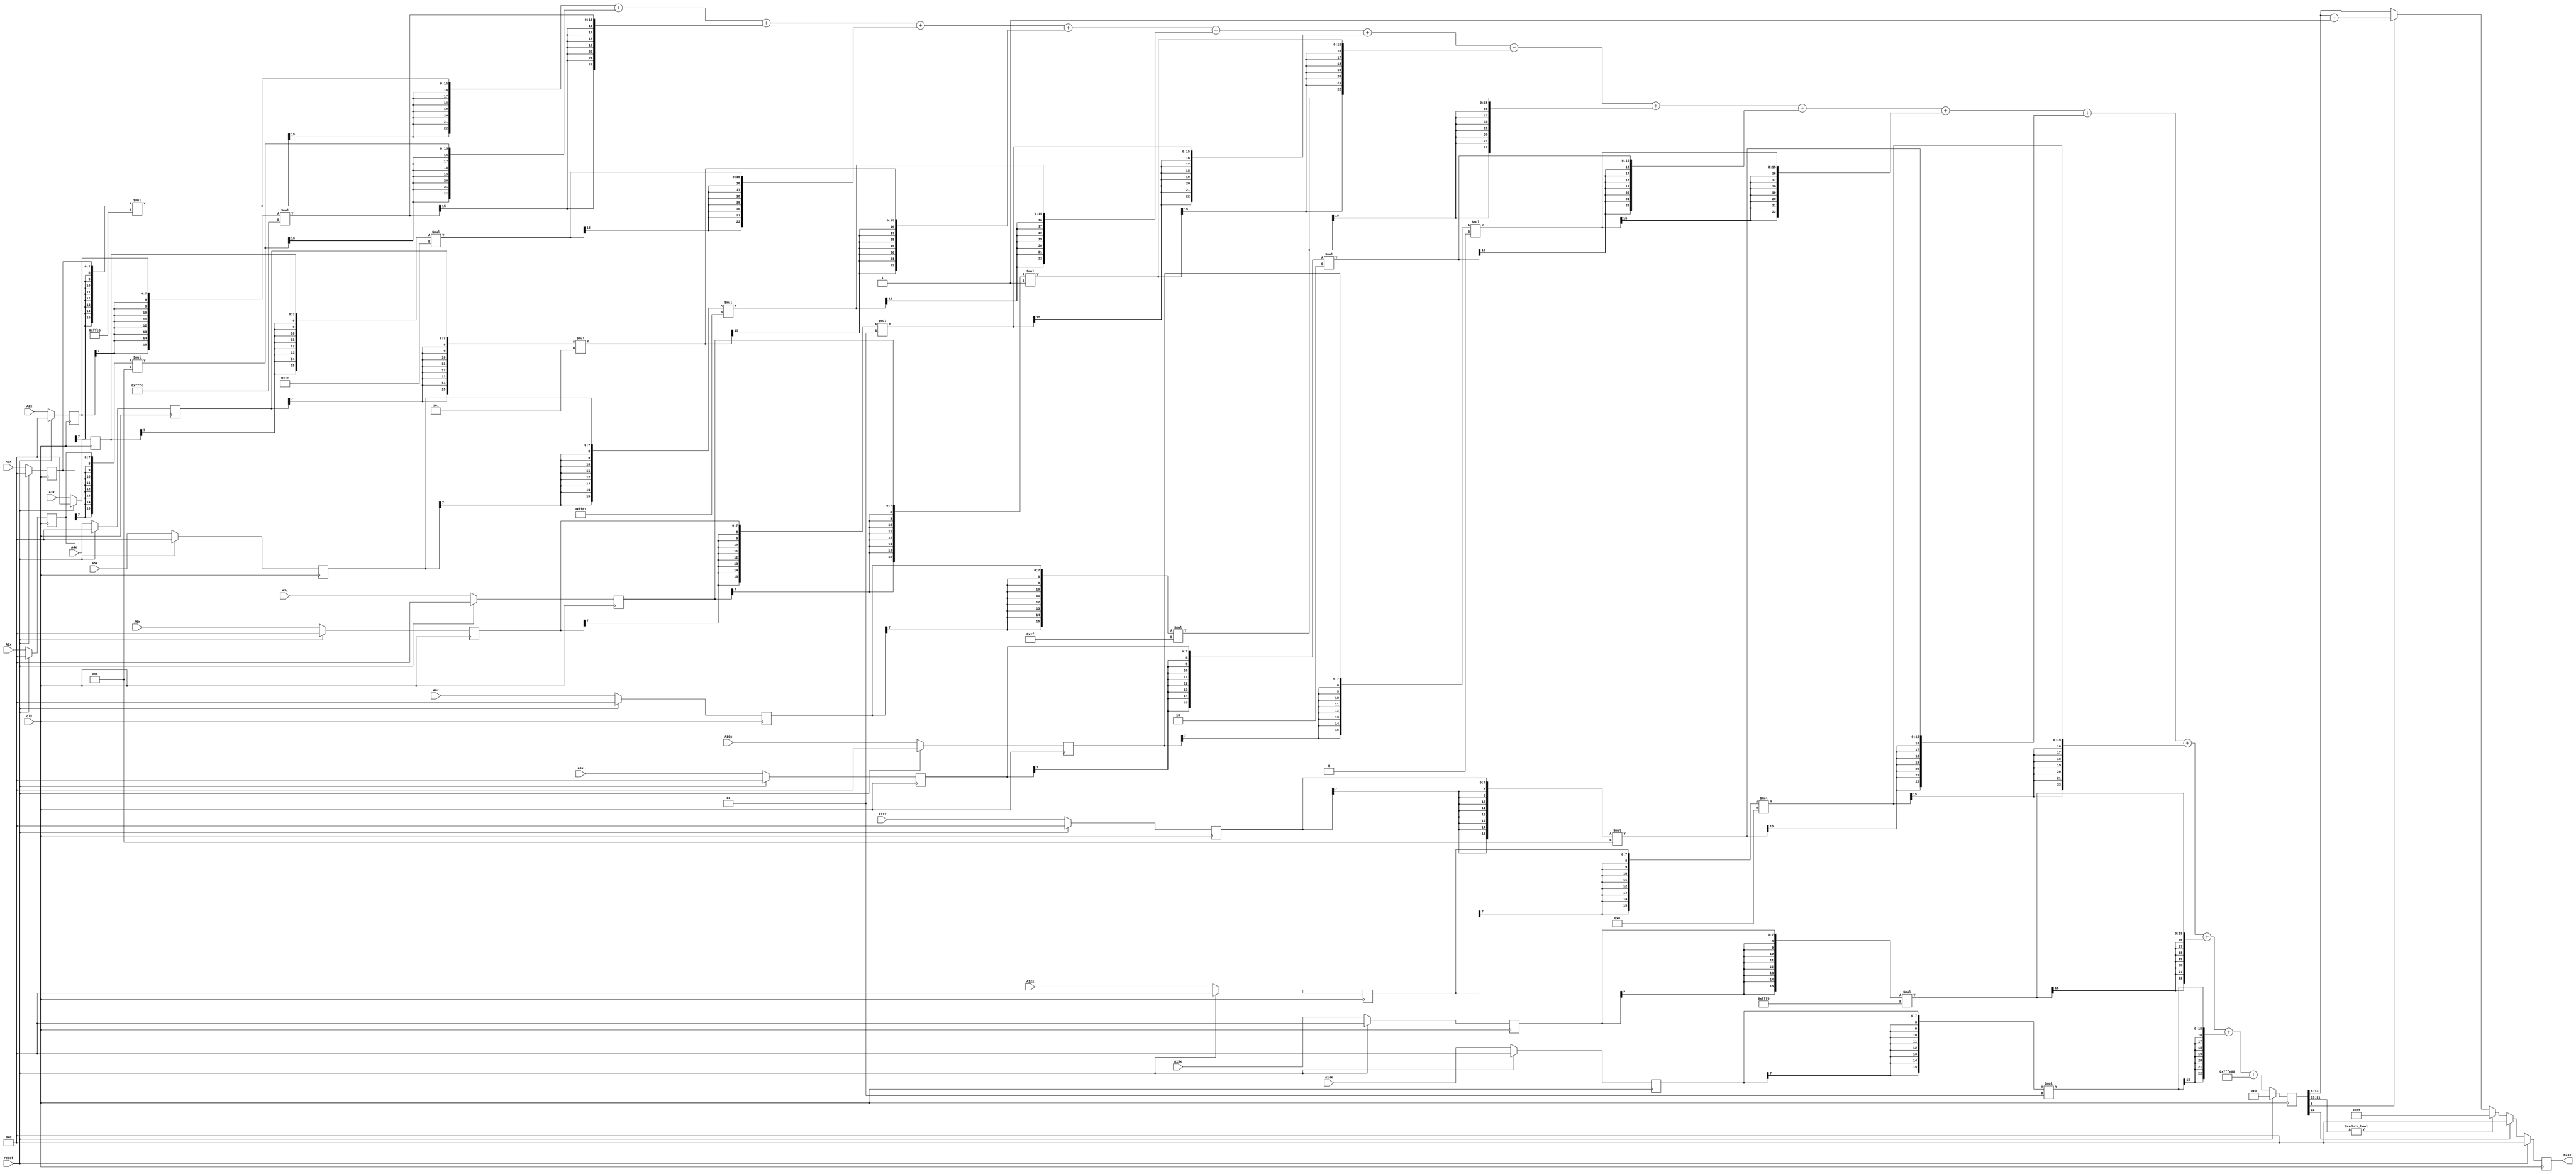
module node_4_23(clk,reset,N23x,A0x,A1x,A2x,A3x,A4x,A5x,A6x,A7x,A8x,A9x,A10x,A11x,A12x,A13x,A14x);
	input clk;
	input reset;
	input [7:0] A0x, A1x, A2x, A3x, A4x, A5x, A6x, A7x, A8x, A9x, A10x, A11x, A12x, A13x, A14x;
	reg [7:0] A0x_c, A1x_c, A2x_c, A3x_c, A4x_c, A5x_c, A6x_c, A7x_c, A8x_c, A9x_c, A10x_c, A11x_c, A12x_c, A13x_c, A14x_c;
	wire [15:0] sum0x, sum1x, sum2x, sum3x, sum4x, sum5x, sum6x, sum7x, sum8x, sum9x, sum10x, sum11x, sum12x, sum13x, sum14x;
	output reg [7:0] N23x;
	reg [22:0] sumout;

	parameter [7:0] W0x=-8'd26;
	parameter [7:0] W1x=8'd10;
	parameter [7:0] W2x=-8'd4;
	parameter [7:0] W3x=8'd28;
	parameter [7:0] W4x=8'd5;
	parameter [7:0] W5x=-8'd31;
	parameter [7:0] W6x=8'd3;
	parameter [7:0] W7x=8'd1;
	parameter [7:0] W8x=8'd31;
	parameter [7:0] W9x=8'd2;
	parameter [7:0] W10x=8'd0;
	parameter [7:0] W11x=8'd10;
	parameter [7:0] W12x=8'd8;
	parameter [7:0] W13x=-8'd16;
	parameter [7:0] W14x=8'd3;
	parameter [15:0] B0x=-16'd512;


	assign sum0x = {A0x_c[7],A0x_c[7],A0x_c[7],A0x_c[7],A0x_c[7],A0x_c[7],A0x_c[7],A0x_c[7],A0x_c}*{W0x[7],W0x[7],W0x[7],W0x[7],W0x[7],W0x[7],W0x[7],W0x[7],W0x};
	assign sum1x = {A1x_c[7],A1x_c[7],A1x_c[7],A1x_c[7],A1x_c[7],A1x_c[7],A1x_c[7],A1x_c[7],A1x_c}*{W1x[7],W1x[7],W1x[7],W1x[7],W1x[7],W1x[7],W1x[7],W1x[7],W1x};
	assign sum2x = {A2x_c[7],A2x_c[7],A2x_c[7],A2x_c[7],A2x_c[7],A2x_c[7],A2x_c[7],A2x_c[7],A2x_c}*{W2x[7],W2x[7],W2x[7],W2x[7],W2x[7],W2x[7],W2x[7],W2x[7],W2x};
	assign sum3x = {A3x_c[7],A3x_c[7],A3x_c[7],A3x_c[7],A3x_c[7],A3x_c[7],A3x_c[7],A3x_c[7],A3x_c}*{W3x[7],W3x[7],W3x[7],W3x[7],W3x[7],W3x[7],W3x[7],W3x[7],W3x};
	assign sum4x = {A4x_c[7],A4x_c[7],A4x_c[7],A4x_c[7],A4x_c[7],A4x_c[7],A4x_c[7],A4x_c[7],A4x_c}*{W4x[7],W4x[7],W4x[7],W4x[7],W4x[7],W4x[7],W4x[7],W4x[7],W4x};
	assign sum5x = {A5x_c[7],A5x_c[7],A5x_c[7],A5x_c[7],A5x_c[7],A5x_c[7],A5x_c[7],A5x_c[7],A5x_c}*{W5x[7],W5x[7],W5x[7],W5x[7],W5x[7],W5x[7],W5x[7],W5x[7],W5x};
	assign sum6x = {A6x_c[7],A6x_c[7],A6x_c[7],A6x_c[7],A6x_c[7],A6x_c[7],A6x_c[7],A6x_c[7],A6x_c}*{W6x[7],W6x[7],W6x[7],W6x[7],W6x[7],W6x[7],W6x[7],W6x[7],W6x};
	assign sum7x = {A7x_c[7],A7x_c[7],A7x_c[7],A7x_c[7],A7x_c[7],A7x_c[7],A7x_c[7],A7x_c[7],A7x_c}*{W7x[7],W7x[7],W7x[7],W7x[7],W7x[7],W7x[7],W7x[7],W7x[7],W7x};
	assign sum8x = {A8x_c[7],A8x_c[7],A8x_c[7],A8x_c[7],A8x_c[7],A8x_c[7],A8x_c[7],A8x_c[7],A8x_c}*{W8x[7],W8x[7],W8x[7],W8x[7],W8x[7],W8x[7],W8x[7],W8x[7],W8x};
	assign sum9x = {A9x_c[7],A9x_c[7],A9x_c[7],A9x_c[7],A9x_c[7],A9x_c[7],A9x_c[7],A9x_c[7],A9x_c}*{W9x[7],W9x[7],W9x[7],W9x[7],W9x[7],W9x[7],W9x[7],W9x[7],W9x};
	assign sum10x = {A10x_c[7],A10x_c[7],A10x_c[7],A10x_c[7],A10x_c[7],A10x_c[7],A10x_c[7],A10x_c[7],A10x_c}*{W10x[7],W10x[7],W10x[7],W10x[7],W10x[7],W10x[7],W10x[7],W10x[7],W10x};
	assign sum11x = {A11x_c[7],A11x_c[7],A11x_c[7],A11x_c[7],A11x_c[7],A11x_c[7],A11x_c[7],A11x_c[7],A11x_c}*{W11x[7],W11x[7],W11x[7],W11x[7],W11x[7],W11x[7],W11x[7],W11x[7],W11x};
	assign sum12x = {A12x_c[7],A12x_c[7],A12x_c[7],A12x_c[7],A12x_c[7],A12x_c[7],A12x_c[7],A12x_c[7],A12x_c}*{W12x[7],W12x[7],W12x[7],W12x[7],W12x[7],W12x[7],W12x[7],W12x[7],W12x};
	assign sum13x = {A13x_c[7],A13x_c[7],A13x_c[7],A13x_c[7],A13x_c[7],A13x_c[7],A13x_c[7],A13x_c[7],A13x_c}*{W13x[7],W13x[7],W13x[7],W13x[7],W13x[7],W13x[7],W13x[7],W13x[7],W13x};
	assign sum14x = {A14x_c[7],A14x_c[7],A14x_c[7],A14x_c[7],A14x_c[7],A14x_c[7],A14x_c[7],A14x_c[7],A14x_c}*{W14x[7],W14x[7],W14x[7],W14x[7],W14x[7],W14x[7],W14x[7],W14x[7],W14x};

	always@(posedge clk) begin

		if(reset)
			begin
			N23x<=8'd0;
			sumout<=16'd0;
			A0x_c <= 8'd0;
			A1x_c <= 8'd0;
			A2x_c <= 8'd0;
			A3x_c <= 8'd0;
			A4x_c <= 8'd0;
			A5x_c <= 8'd0;
			A6x_c <= 8'd0;
			A7x_c <= 8'd0;
			A8x_c <= 8'd0;
			A9x_c <= 8'd0;
			A10x_c <= 8'd0;
			A11x_c <= 8'd0;
			A12x_c <= 8'd0;
			A13x_c <= 8'd0;
			A14x_c <= 8'd0;
			end
		else
			begin
			A0x_c <= A0x;
			A1x_c <= A1x;
			A2x_c <= A2x;
			A3x_c <= A3x;
			A4x_c <= A4x;
			A5x_c <= A5x;
			A6x_c <= A6x;
			A7x_c <= A7x;
			A8x_c <= A8x;
			A9x_c <= A9x;
			A10x_c <= A10x;
			A11x_c <= A11x;
			A12x_c <= A12x;
			A13x_c <= A13x;
			A14x_c <= A14x;
			sumout<={sum0x[15],sum0x[15],sum0x[15],sum0x[15],sum0x[15],sum0x[15],sum0x[15],sum0x}+{sum1x[15],sum1x[15],sum1x[15],sum1x[15],sum1x[15],sum1x[15],sum1x[15],sum1x}+{sum2x[15],sum2x[15],sum2x[15],sum2x[15],sum2x[15],sum2x[15],sum2x[15],sum2x}+{sum3x[15],sum3x[15],sum3x[15],sum3x[15],sum3x[15],sum3x[15],sum3x[15],sum3x}+{sum4x[15],sum4x[15],sum4x[15],sum4x[15],sum4x[15],sum4x[15],sum4x[15],sum4x}+{sum5x[15],sum5x[15],sum5x[15],sum5x[15],sum5x[15],sum5x[15],sum5x[15],sum5x}+{sum6x[15],sum6x[15],sum6x[15],sum6x[15],sum6x[15],sum6x[15],sum6x[15],sum6x}+{sum7x[15],sum7x[15],sum7x[15],sum7x[15],sum7x[15],sum7x[15],sum7x[15],sum7x}+{sum8x[15],sum8x[15],sum8x[15],sum8x[15],sum8x[15],sum8x[15],sum8x[15],sum8x}+{sum9x[15],sum9x[15],sum9x[15],sum9x[15],sum9x[15],sum9x[15],sum9x[15],sum9x}+{sum10x[15],sum10x[15],sum10x[15],sum10x[15],sum10x[15],sum10x[15],sum10x[15],sum10x}+{sum11x[15],sum11x[15],sum11x[15],sum11x[15],sum11x[15],sum11x[15],sum11x[15],sum11x}+{sum12x[15],sum12x[15],sum12x[15],sum12x[15],sum12x[15],sum12x[15],sum12x[15],sum12x}+{sum13x[15],sum13x[15],sum13x[15],sum13x[15],sum13x[15],sum13x[15],sum13x[15],sum13x}+{sum14x[15],sum14x[15],sum14x[15],sum14x[15],sum14x[15],sum14x[15],sum14x[15],sum14x}+{B0x[15],B0x[15],B0x[15],B0x[15],B0x[15],B0x[15],B0x[15],B0x};

			if(sumout[22]==0)
				begin
				if(sumout[21:13]!=9'b0)
					N23x<=8'd127;
				else
					begin
					if(sumout[5]==1)
						N23x<=sumout[13:6]+8'd1;
					else
						N23x<=sumout[13:6];
					end
				end
			else
				N23x<=8'd0;
			end
		end
endmodule